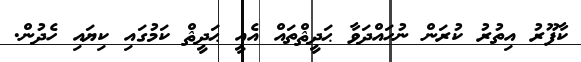
ކާފޫރު އިތުރު ކުރަން ނުހައްދަވާ ޙަދީޘްތައް އެއީ ޙަދީޘް ކަމުގައި ކިޔައި ހެދުން.